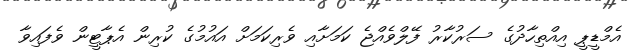
އެމްޑީޕީ އިއްތިހާދުގެ ސަރުކާރު ފޭލްވެއްޖެ ކަމަށާއި ވެރިކަމަށް އައުމުގެ ކުރިން އެޕާޓީން ވެފައިވާ